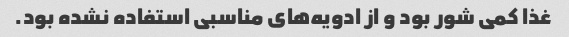
غذا کمی شور بود و از ادویه‌های مناسبی استفاده نشده بود.